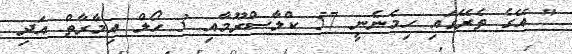
" އޭގެ ތެރޭގައި ހިމެނެނީ 57 ކްލާސްރޫމާއި 3 ހޯލް އިމާރާތް އަދި